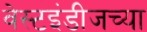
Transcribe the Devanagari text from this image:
वेस्टइंडीजच्या